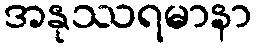
အနုဿရမာနာ